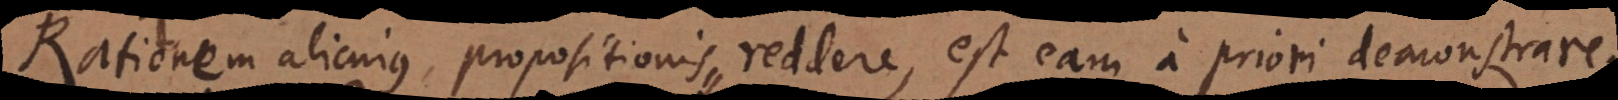
Rationem alicujus propositionis reddere, est eam a priori demonstrare